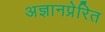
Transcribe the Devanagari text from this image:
अज्ञानप्रेरित